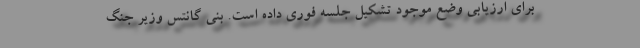
برای ارزیابی وضع موجود تشکیل جلسه فوری داده است. بنی گانتس وزیر جنگ